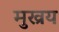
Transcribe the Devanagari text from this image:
मुख्रय